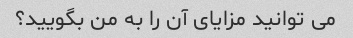
می توانید مزایای آن را به من بگویید؟